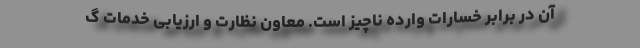
آن در برابر خسارات وارده ناچیز است. معاون نظارت و ارزیابی خدمات گ